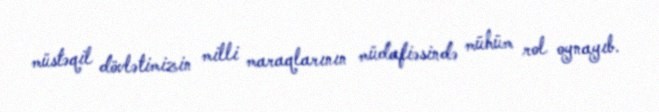
müstəqil dövlətimizin milli maraqlarının müdafiəsində mühüm rol oynayıb.